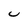
Character: U